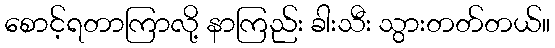
စောင့်ရတာကြာလို့ နာကြည်း ခါးသီး သွားတတ်တယ်။